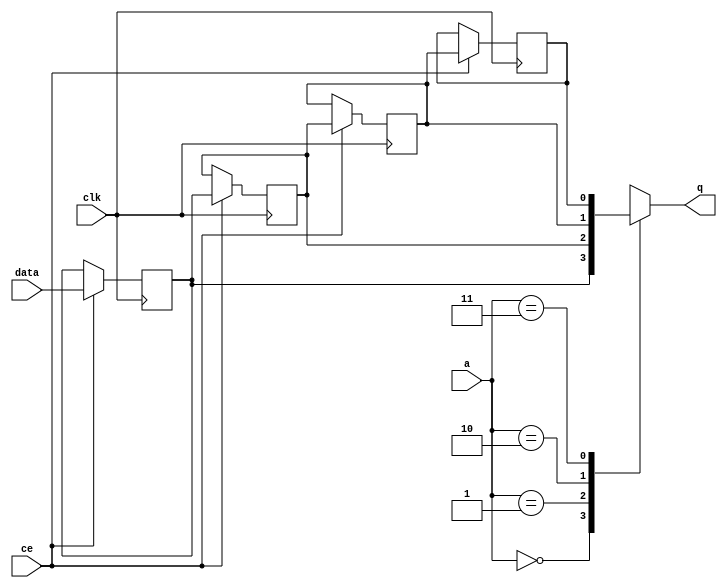
// ==============================================================
// File generated by Vivado(TM) HLS - High-Level Synthesis from C, C++ and SystemC
// Version: 2017.4.op
// Copyright (C) 1986-2018 Xilinx, Inc. All Rights Reserved.
// 
// ==============================================================


`timescale 1 ns / 1 ps

module start_for_pipe1_dram_dispatcher_U0_shiftReg (
    clk,
    data,
    ce,
    a,
    q);

parameter DATA_WIDTH = 32'd1;
parameter ADDR_WIDTH = 32'd2;
parameter DEPTH = 32'd4;

input clk;
input [DATA_WIDTH-1:0] data;
input ce;
input [ADDR_WIDTH-1:0] a;
output [DATA_WIDTH-1:0] q;

reg[DATA_WIDTH-1:0] SRL_SIG [0:DEPTH-1];
integer i;

always @ (posedge clk)
    begin
        if (ce)
        begin
            for (i=0;i<DEPTH-1;i=i+1)
                SRL_SIG[i+1] <= SRL_SIG[i];
            SRL_SIG[0] <= data;
        end
    end

assign q = SRL_SIG[a];

endmodule

module start_for_pipe1_dram_dispatcher_U0 (
    clk,
    reset,
    if_empty_n,
    if_read_ce,
    if_read,
    if_dout,
    if_full_n,
    if_write_ce,
    if_write,
    if_din);

parameter MEM_STYLE   = "shiftreg";
parameter DATA_WIDTH  = 32'd1;
parameter ADDR_WIDTH  = 32'd2;
parameter DEPTH       = 32'd4;

input clk;
input reset;
output if_empty_n;
input if_read_ce;
input if_read;
output[DATA_WIDTH - 1:0] if_dout;
output if_full_n;
input if_write_ce;
input if_write;
input[DATA_WIDTH - 1:0] if_din;

wire[ADDR_WIDTH - 1:0] shiftReg_addr ;
wire[DATA_WIDTH - 1:0] shiftReg_data, shiftReg_q;
wire                     shiftReg_ce;
reg[ADDR_WIDTH:0] mOutPtr = {(ADDR_WIDTH+1){1'b1}};
reg internal_empty_n = 0, internal_full_n = 1;

assign if_empty_n = internal_empty_n;
assign if_full_n = internal_full_n;
assign shiftReg_data = if_din;
assign if_dout = shiftReg_q;

always @ (posedge clk) begin
    if (reset == 1'b1)
    begin
        mOutPtr <= ~{ADDR_WIDTH+1{1'b0}};
        internal_empty_n <= 1'b0;
        internal_full_n <= 1'b1;
    end
    else begin
        if (((if_read & if_read_ce) == 1 & internal_empty_n == 1) && 
            ((if_write & if_write_ce) == 0 | internal_full_n == 0))
        begin
            mOutPtr <= mOutPtr - 1;
            if (mOutPtr == 0)
                internal_empty_n <= 1'b0;
            internal_full_n <= 1'b1;
        end 
        else if (((if_read & if_read_ce) == 0 | internal_empty_n == 0) && 
            ((if_write & if_write_ce) == 1 & internal_full_n == 1))
        begin
            mOutPtr <= mOutPtr + 1;
            internal_empty_n <= 1'b1;
            if (mOutPtr == DEPTH - 2)
                internal_full_n <= 1'b0;
        end 
    end
end

assign shiftReg_addr = mOutPtr[ADDR_WIDTH] == 1'b0 ? mOutPtr[ADDR_WIDTH-1:0]:{ADDR_WIDTH{1'b0}};
assign shiftReg_ce = (if_write & if_write_ce) & internal_full_n;

start_for_pipe1_dram_dispatcher_U0_shiftReg 
#(
    .DATA_WIDTH(DATA_WIDTH),
    .ADDR_WIDTH(ADDR_WIDTH),
    .DEPTH(DEPTH))
U_start_for_pipe1_dram_dispatcher_U0_ram (
    .clk(clk),
    .data(shiftReg_data),
    .ce(shiftReg_ce),
    .a(shiftReg_addr),
    .q(shiftReg_q));

endmodule